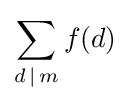
\sum _{d\,\mid \,m}f(d)